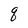
Character: q